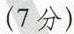
(7分)